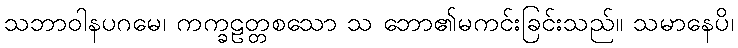
သဘာဝါနပဂမေ၊ ကက္ခဠတ္တစသော သ ဘော၏မကင်းခြင်းသည်။ သမာနေပိ၊